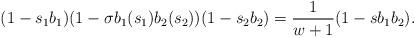
LaTeX: \begin{align*}(1 - s_1b_1)(1 - \sigma b_1(s_1)b_2(s_2))(1-s_2b_2) = \frac {1}{w+1} (1-sb_1b_2).\end{align*}